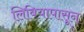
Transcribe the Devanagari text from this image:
लिबियापासून